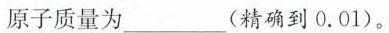
原子质量为___(精确到0.01)。